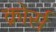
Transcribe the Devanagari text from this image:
क़ोर्स